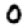
Digit: 0